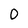
Character: 0